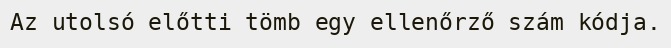
Az utolsó előtti tömb egy ellenőrző szám kódja.